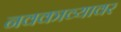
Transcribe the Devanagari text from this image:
नवकाव्यावर